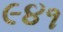
૯૪૧